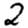
Digit: 2